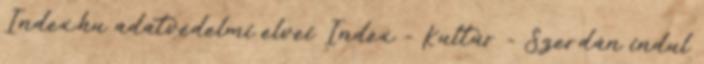
Index.hu adatvédelmi elvei Index - Kultúr - Szerdán indul